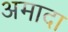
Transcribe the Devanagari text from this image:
अमादा